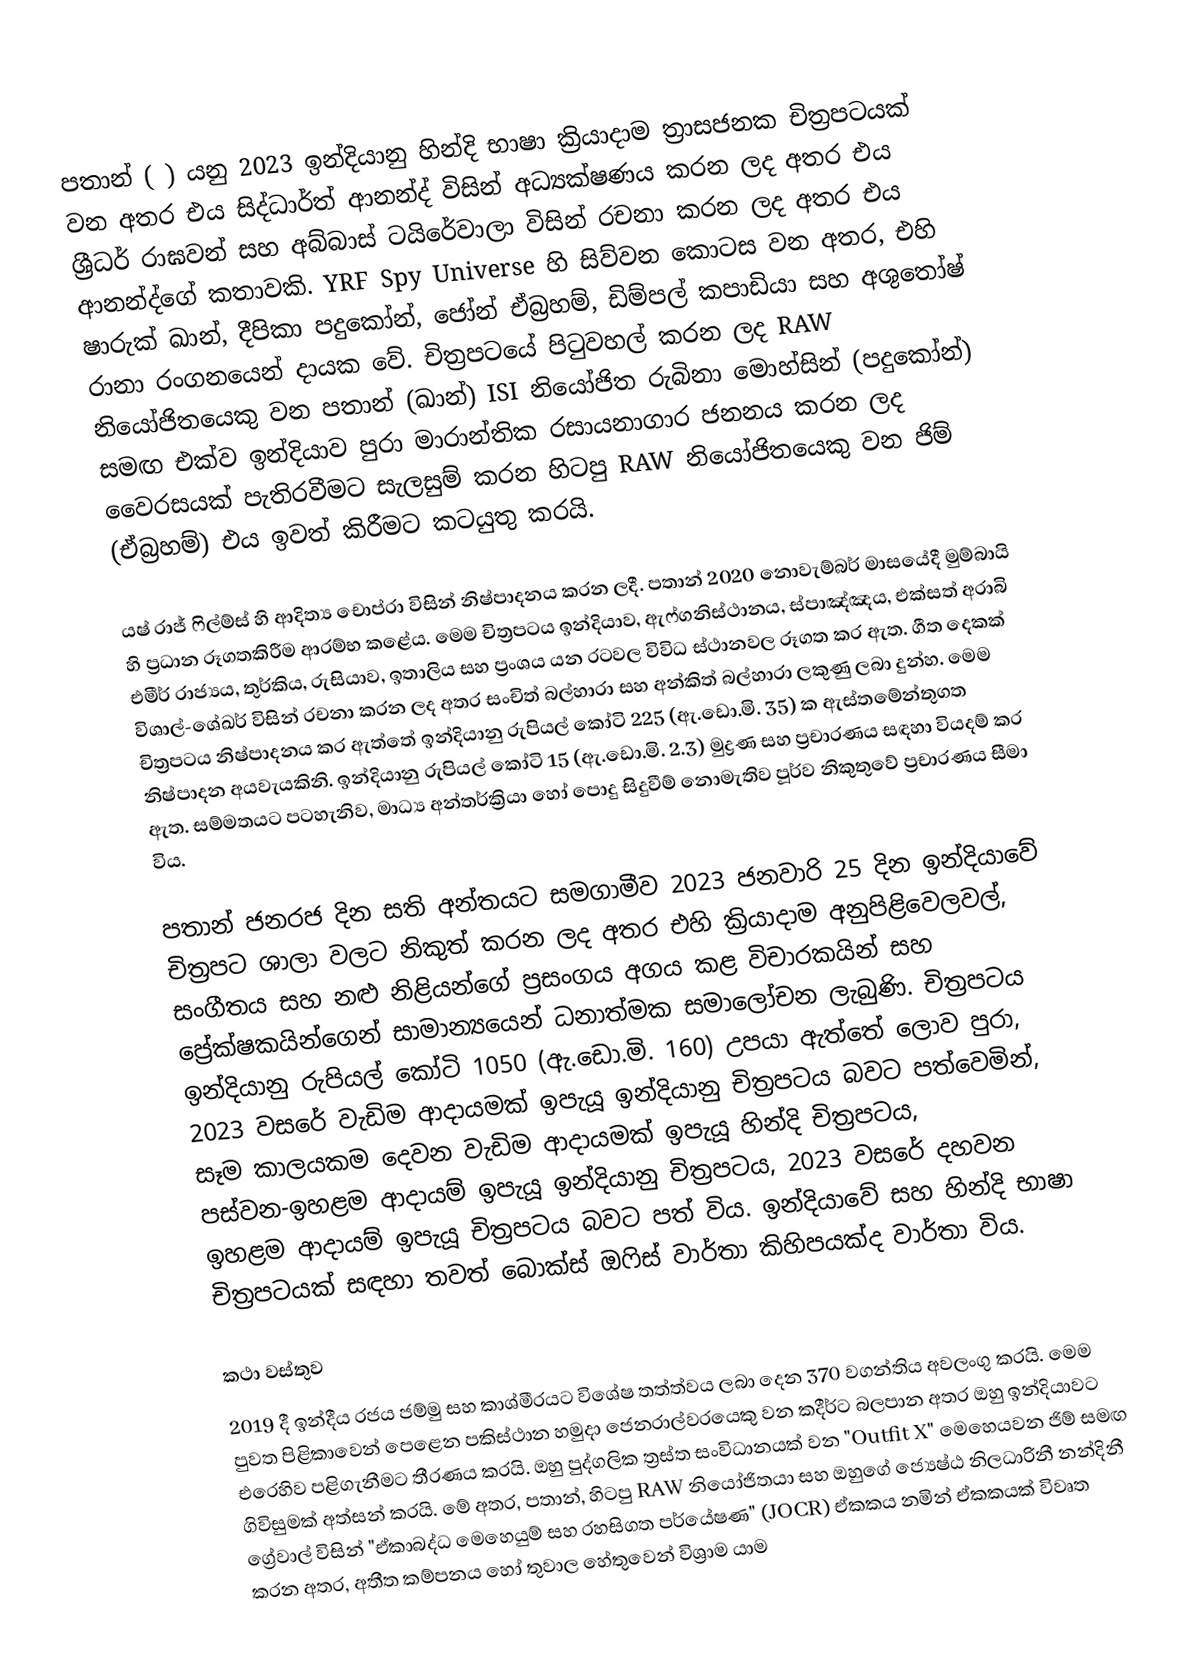
පතාන් ( ) යනු 2023 ඉන්දියානු හින්දි භාෂා ක්‍රියාදාම ත්‍රාසජනක චිත්‍රපටයක් වන අතර එය සිද්ධාර්ත් ආනන්ද් විසින් අධ්‍යක්ෂණය කරන ලද අතර එය ශ්‍රීධර් රාඝවන් සහ අබ්බාස් ටයිරේවාලා විසින් රචනා කරන ලද අතර එය ආනන්ද්ගේ කතාවකි. YRF Spy Universe හි සිව්වන කොටස වන අතර, එහි ෂාරුක් ඛාන්, දීපිකා පදුකෝන්, ජෝන් ඒබ්‍රහම්, ඩිම්පල් කපාඩියා සහ අශුතෝෂ් රානා රංගනයෙන් දායක වේ. චිත්‍රපටයේ පිටුවහල් කරන ලද RAW නියෝජිතයෙකු වන පතාන් (ඛාන්) ISI නියෝජිත රුබිනා මොහ්සින් (පදුකෝන්) සමඟ එක්ව ඉන්දියාව පුරා මාරාන්තික රසායනාගාර ජනනය කරන ලද වෛරසයක් පැතිරවීමට සැලසුම් කරන හිටපු RAW නියෝජිතයෙකු වන ජිම් (ඒබ්‍රහම්) එය ඉවත් කිරීමට කටයුතු කරයි.

යෂ් රාජ් ෆිල්ම්ස් හි ආදිත්‍ය චොප්රා විසින් නිෂ්පාදනය කරන ලදී. පතාන් 2020 නොවැම්බර් මාසයේදී මුම්බායි හි ප්‍රධාන රූගතකිරීම ආරම්භ කළේය. මෙම චිත්‍රපටය ඉන්දියාව, ඇෆ්ගනිස්ථානය, ස්පාඤ්ඤය, එක්සත් අරාබි එමීර් රාජ්‍යය, තුර්කිය, රුසියාව, ඉතාලිය සහ ප්‍රංශය යන රටවල විවිධ ස්ථානවල රූගත කර ඇත. ගීත දෙකක් විශාල්-ශේඛර් විසින් රචනා කරන ලද අතර සංචිත් බල්හාරා සහ අන්කිත් බල්හාරා ලකුණු ලබා දුන්හ. මෙම චිත්‍රපටය නිෂ්පාදනය කර ඇත්තේ ඉන්දියානු රුපියල් කෝටි 225 (ඇ.ඩො.මි. 35) ක ඇස්තමේන්තුගත නිෂ්පාදන අයවැයකිනි. ඉන්දියානු රුපියල් කෝටි 15 (ඇ.ඩො.මි. 2.3) මුද්‍රණ සහ ප්‍රචාරණය සඳහා වියදම් කර ඇත.  සම්මතයට පටහැනිව, මාධ්‍ය අන්තර්ක්‍රියා හෝ පොදු සිදුවීම් නොමැතිව පූර්ව නිකුතුවේ ප්‍රචාරණය සීමා විය.

පතාන් ජනරජ දින සති අන්තයට සමගාමීව 2023 ජනවාරි 25 දින ඉන්දියාවේ චිත්‍රපට ශාලා වලට නිකුත් කරන ලද අතර එහි ක්‍රියාදාම අනුපිළිවෙලවල්, සංගීතය සහ නළු නිළියන්ගේ ප්‍රසංගය අගය කළ විචාරකයින් සහ ප්‍රේක්ෂකයින්ගෙන් සාමාන්‍යයෙන් ධනාත්මක සමාලෝචන ලැබුණි. චිත්‍රපටය ඉන්දියානු රුපියල් කෝටි 1050 (ඇ.ඩො.මි. 160) උපයා ඇත්තේ ලොව පුරා, 2023 වසරේ වැඩිම ආදායමක් ඉපැයූ ඉන්දියානු චිත්‍රපටය බවට පත්වෙමින්, සෑම කාලයකම දෙවන වැඩිම ආදායමක් ඉපැයූ හින්දි චිත්‍රපටය, පස්වන-ඉහළම ආදායම් ඉපැයූ ඉන්දියානු චිත්‍රපටය, 2023 වසරේ දහවන ඉහළම ආදායම් ඉපැයූ චිත්‍රපටය බවට පත් විය. ඉන්දියාවේ සහ හින්දි භාෂා චිත්‍රපටයක් සඳහා තවත් බොක්ස් ඔෆිස් වාර්තා කිහිපයක්ද වාර්තා විය.

කථා වස්තුව
2019 දී ඉන්දීය රජය ජම්මු සහ කාශ්මීරයට විශේෂ තත්ත්වය ලබා දෙන 370 වගන්තිය අවලංගු කරයි. මෙම පුවත පිළිකාවෙන් පෙළෙන පකිස්ථාන හමුදා ජෙනරාල්වරයෙකු වන කදීර්ට බලපාන අතර ඔහු ඉන්දියාවට එරෙහිව පළිගැනීමට තීරණය කරයි. ඔහු පුද්ගලික ත්‍රස්ත සංවිධානයක් වන "Outfit X" මෙහෙයවන ජිම් සමඟ ගිවිසුමක් අත්සන් කරයි. මේ අතර, පතාන්, හිටපු RAW නියෝජිතයා සහ ඔහුගේ ජ්‍යෙෂ්ඨ නිලධාරිනී නන්දිනී ග්‍රේවාල් විසින් "ඒකාබද්ධ මෙහෙයුම් සහ රහසිගත පර්යේෂණ" (JOCR) ඒකකය නමින් ඒකකයක් විවෘත කරන අතර, අතීත කම්පනය හෝ තුවාල හේතුවෙන් විශ්‍රාම යාම